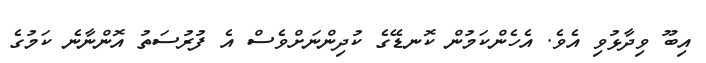
އިބޫ ވިދާޅުވި އެވެ. އެހެންކަމުން ކޮނޑޭގެ ކުދިންނަށްވެސް އެ ފުރުސަތު އޮންނާނެ ކަމުގެ